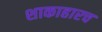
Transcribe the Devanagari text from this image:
शाकाहारच